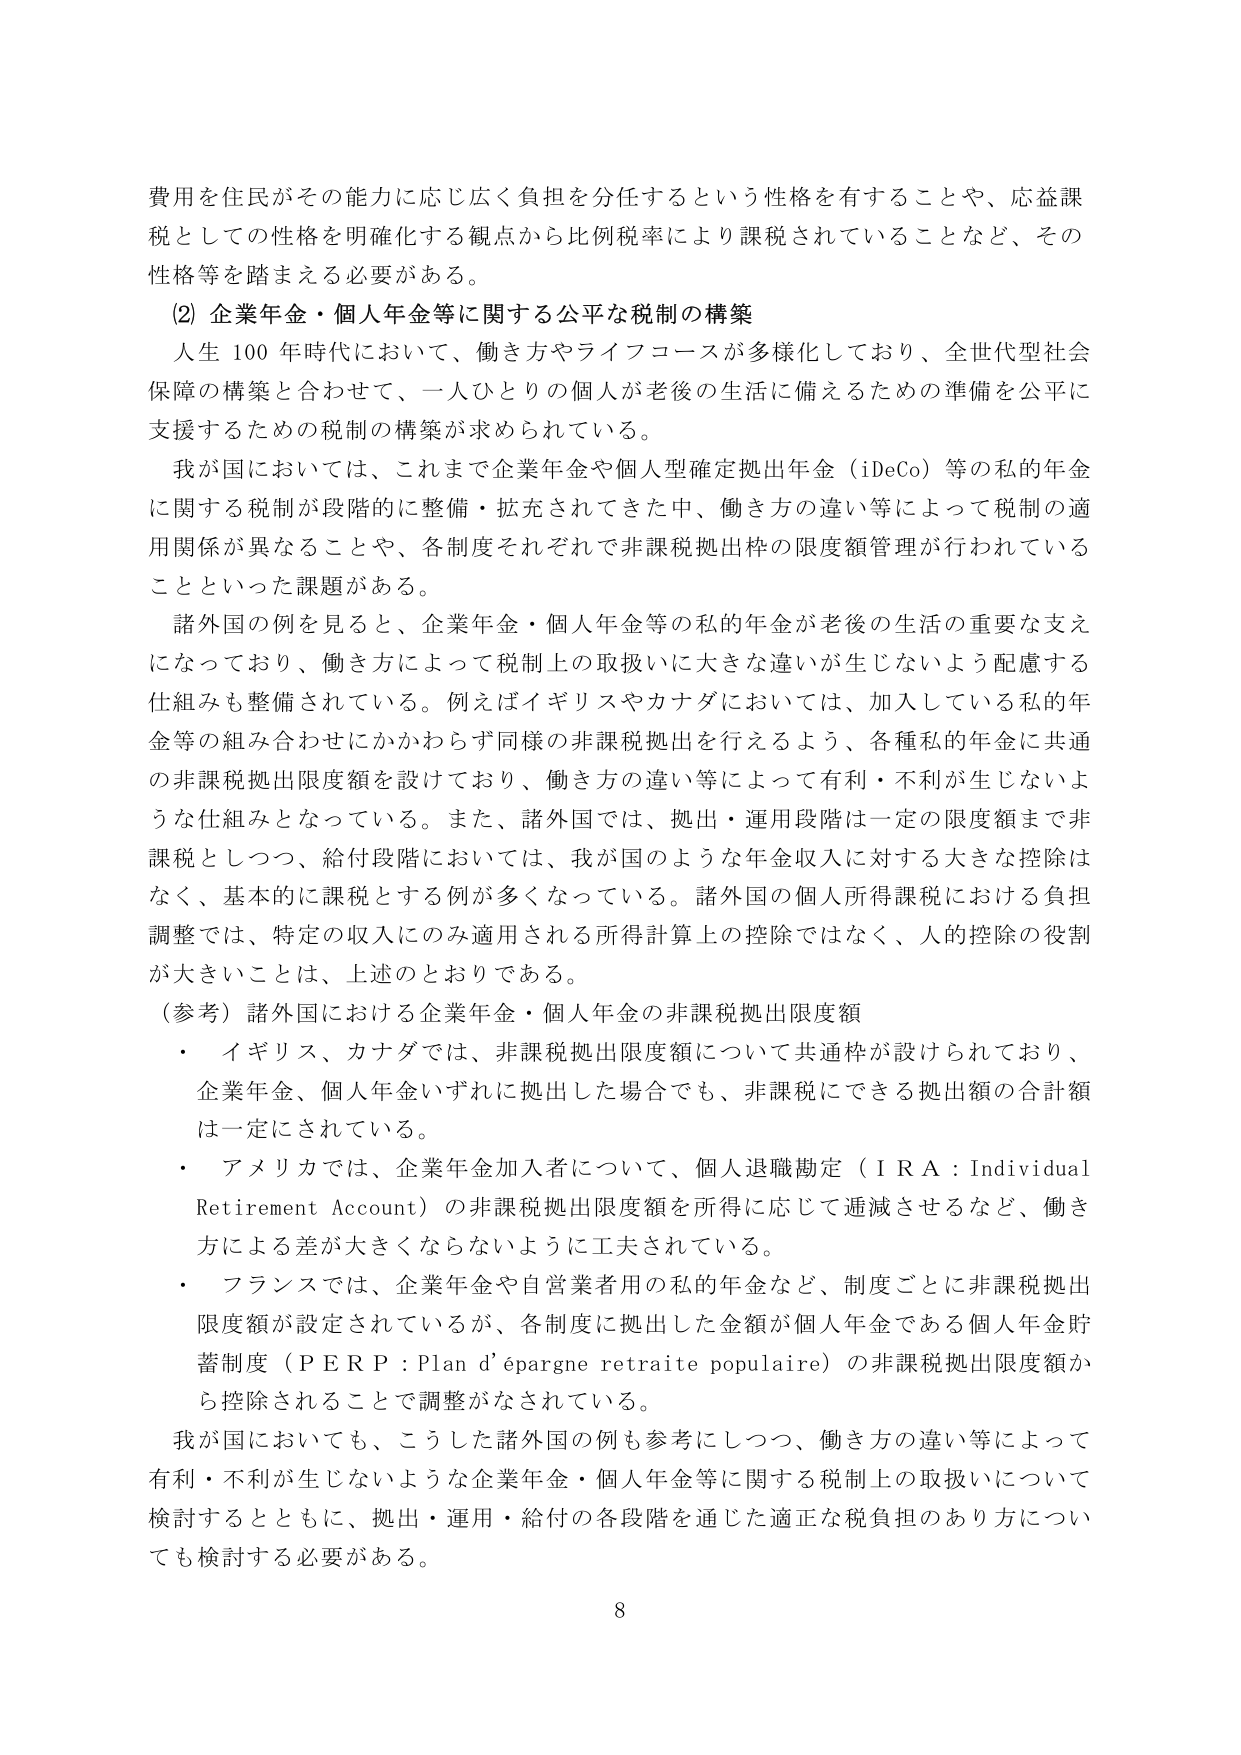
費用を住民がその能力に応じ広く負担を分任するという性格を有することや、応益課税としての性格を明確化する観点から比例税率により課税されていることなど、その性格等を踏まえる必要がある。

(2) 企業年金・個人年金等に関する公平な税制の構築

人生100年時代において、働き方やライフコースが多様化しており、全世代型社会保障の構築と合わせて、一人ひとりの個人が老後の生活に備えるための準備を公平に支援するための税制の構築が求められている。

我が国においては、これまで企業年金や個人型確定拠出年金（iDeCo）等の私的年金に関する税制が段階的に整備・拡充されてきた中、働き方の違い等によって税制の適用関係が異なることや、各制度それぞれで非課税拠出枠の限度額管理が行われていることといった課題がある。

諸外国の例を見ると、企業年金・個人年金等の私的年金が老後の生活の重要な支えになっており、働き方によって税制上の取扱いに大きな違いが生じないよう配慮する仕組みも整備されている。例えばイギリスやカナダにおいては、加入している私的年金等の組み合わせにかかわらず同様の非課税拠出を行えるよう、各種私的年金に共通の非課税拠出限度額を設けており、働き方の違い等によって有利・不利が生じないような仕組みとなっている。また、諸外国では、拠出・運用段階は一定の限度額まで非課税としつつ、給付段階においては、我が国のような年金収入に対する大きな控除はなく、基本的に課税とする例が多くなっている。諸外国の個人所得課税における負担調整では、特定の収入にのみ適用される所得計算上の控除ではなく、人的控除の役割が大きいことは、上述のとおりである。

（参考）諸外国における企業年金・個人年金の非課税拠出限度額

・ イギリス、カナダでは、非課税拠出限度額について共通枠が設けられており、企業年金、個人年金いずれに拠出した場合でも、非課税にできる拠出額の合計額は一定にされている。

・ アメリカでは、企業年金加入者について、個人退職勘定（IRA：Individual Retirement Account）の非課税拠出限度額を所得に応じて逓減させるなど、働き方による差が大きくならないように工夫されている。

・ フランスでは、企業年金や自営業者用の私的年金など、制度ごとに非課税拠出限度額が設定されているが、各制度に拠出した金額が個人年金である個人年金貯蓄制度（PERP：Plan d’épargne retraite populaire）の非課税拠出限度額から控除されることで調整がなされている。

我が国においても、こうした諸外国の例も参考にしつつ、働き方の違い等によって有利・不利が生じないような企業年金・個人年金等に関する税制上の取扱いについて検討するとともに、拠出・運用・給付の各段階を通じた適正な税負担のあり方についても検討する必要がある。

8